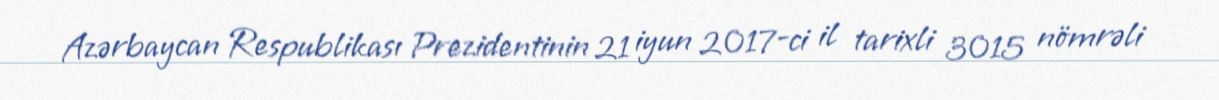
Azərbaycan Respublikası Prezidentinin 21 iyun 2017-ci il tarixli 3015 nömrəli